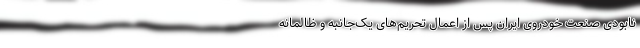
نابودی صنعت خودروی ایران پس از اعمال تحریم‌های یک‌جانبه و ظالمانه